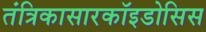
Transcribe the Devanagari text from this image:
तंत्रिकासारकॉइडोसिस